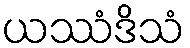
ယဿံဒိသံ